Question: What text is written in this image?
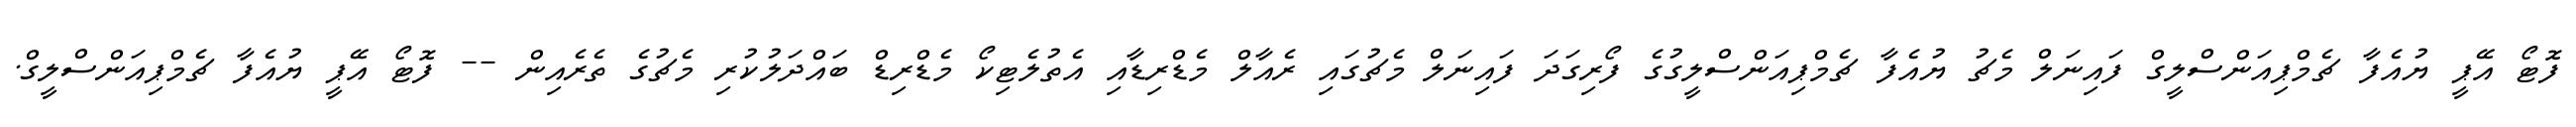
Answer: ފޮޓޯ އޭޕީ ޔުއެފާ ޗެމްޕިއަންސްލީގް ފައިނަލް މެޗު ޔުއެފާ ޗެމްޕިއަންސްލީގުގެ ފޯރިގަދަ ފައިނަލް މެޗުގައި ރެއާލް މެޑްރިޑާއި އެތުލެޓިކޯ މެޑްރިޑް ބައްދަލުކުރި މެޗުގެ ތެރެއިން -- ފޮޓޯ އޭޕީ ޔުއެފާ ޗެމްޕިއަންސްލީގް.